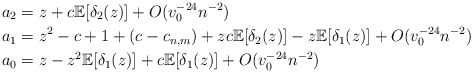
\begin{align*} & a_2 = z + c \mathbb{E}[\delta_2(z)] + O(v_0^{-24}n^{-2}) \\ & a_1 = z^2 - c + 1 + (c-c_{n,m}) + z c \mathbb{E}[\delta_2(z)] - z \mathbb{E}[\delta_1(z)] + O(v_0^{-24}n^{-2}) \\ & a_0 = z - z^2\mathbb{E}[\delta_1(z)] +c \mathbb{E}[\delta_1(z)] + O(v_0^{-24}n^{-2}) \end{align*}